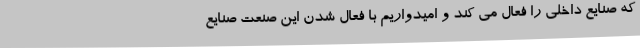
که صنایع داخلی را فعال می کند و امیدواریم با فعال شدن این صنعت صنایع